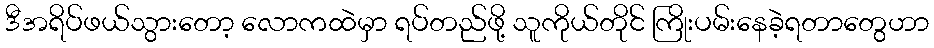
ဒီအရိပ်ဖယ်သွားတော့ လောကထဲမှာ ရပ်တည်ဖို့ သူကိုယ်တိုင် ကြိုးပမ်းနေခဲ့ရတာတွေဟာ